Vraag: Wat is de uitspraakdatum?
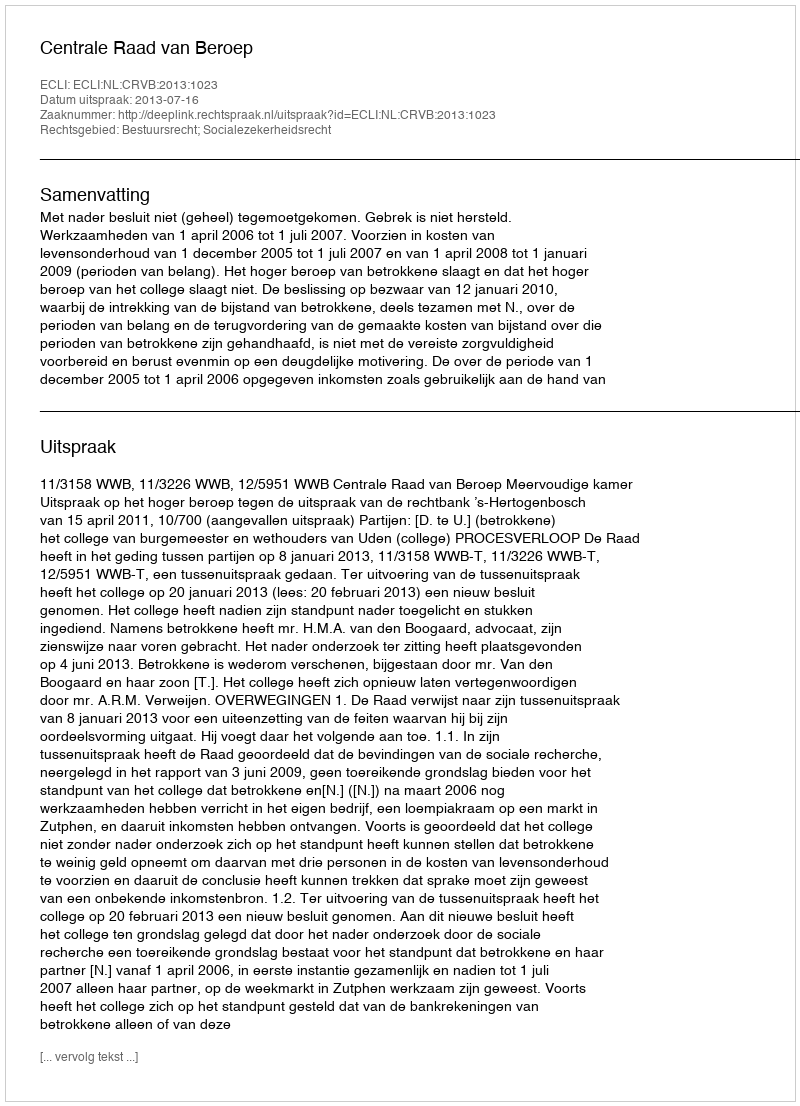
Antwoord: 2013-07-16